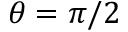
\theta = \pi / 2